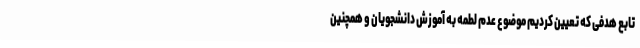
تابع هدفی که تعیین کردیم موضوع عدم لطمه به آموزش دانشجویان و همچنین